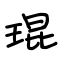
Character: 琨